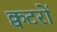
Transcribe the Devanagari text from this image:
क्वटरों